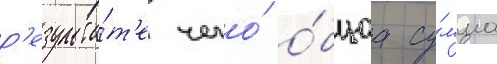
р'езульта́т'е чего́ о́бщаа су́мма